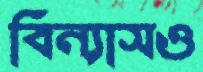
বিন্যাসও